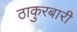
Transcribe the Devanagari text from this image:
ठाकुरबारी